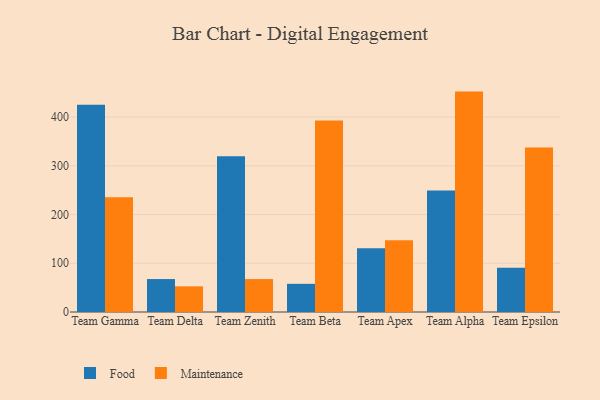
{"axis": {"x": "Team", "y": "Inventory Turnover"}, "legend": ["Food", "Maintenance"], "data": [{"x": "Team Gamma", "y": 425.2, "type": "Food"}, {"x": "Team Gamma", "y": 235.5, "type": "Maintenance"}, {"x": "Team Delta", "y": 67.6, "type": "Food"}, {"x": "Team Delta", "y": 52.7, "type": "Maintenance"}, {"x": "Team Zenith", "y": 319.5, "type": "Food"}, {"x": "Team Zenith", "y": 67.6, "type": "Maintenance"}, {"x": "Team Beta", "y": 57.8, "type": "Food"}, {"x": "Team Beta", "y": 393.0, "type": "Maintenance"}, {"x": "Team Apex", "y": 131.0, "type": "Food"}, {"x": "Team Apex", "y": 147.1, "type": "Maintenance"}, {"x": "Team Alpha", "y": 249.3, "type": "Food"}, {"x": "Team Alpha", "y": 452.4, "type": "Maintenance"}, {"x": "Team Epsilon", "y": 90.6, "type": "Food"}, {"x": "Team Epsilon", "y": 337.8, "type": "Maintenance"}]}